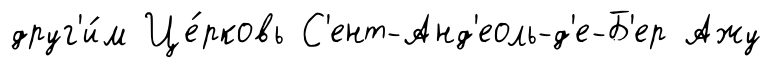
друг'и́м Це́рковь С'ент-Анд'еоль-д'е-Б'ер Ажу